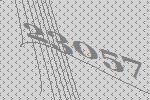
23057